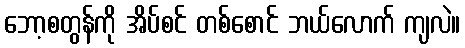
ဘော့စတွန်ကို အိပ်စင် တစ်စောင် ဘယ်လောက် ကျလဲ။